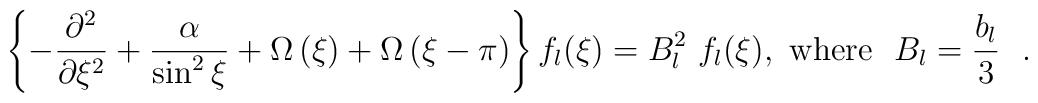
\left\{-\frac{\partial^2}{\partial \xi^2} +\frac{\alpha}{\sin^2\xi} + \Omega\left( \xi \right) +  \Omega\left( \xi-\pi \right) \right\}f_l(\xi) = B_l^2 ~f_l(\xi),~{\rm where}~~ B_l=\frac{b_l}{3}~~.